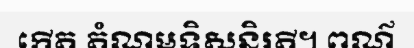
កើត តំណមទិសនិរតី។ ពណ៌